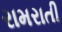
રામરાતી